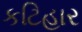
કટિહાર